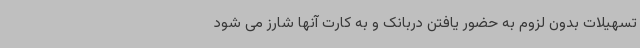
تسهیلات بدون لزوم به حضور یافتن دربانک و به کارت آنها شارز می شود